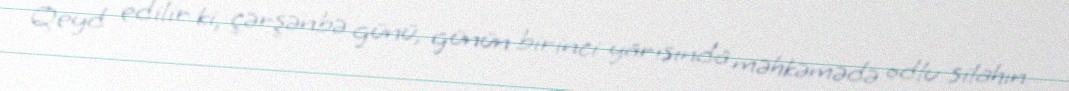
Qeyd edilir ki, çərşənbə günü, günün birinci yarısında məhkəmədə odlu silahın